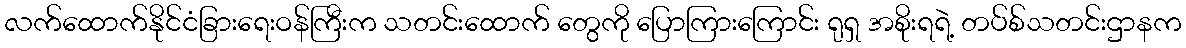
လက်ထောက်နိုင်ငံခြားရေးဝန်ကြီးက သတင်းထောက် တွေကို ပြောကြားကြောင်း ရုရှ အစိုးရရဲ့ တပ်စ်သတင်းဌာနက